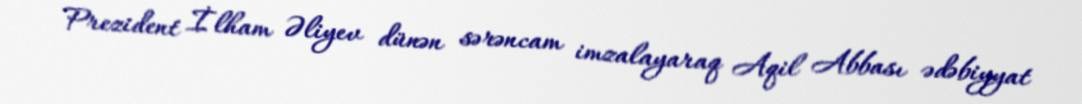
Prezident İlham Əliyev dünən sərəncam imzalayaraq Aqil Abbası ədəbiyyat